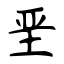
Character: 垩